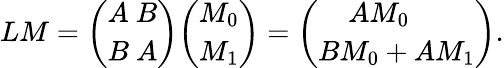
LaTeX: LM={\binom{A\ B}{B\ A}}{\binom{M_{0}}{M_{1}}}={\binom{AM_{0}\ \quad}{BM_{0}+AM_{1}}}.